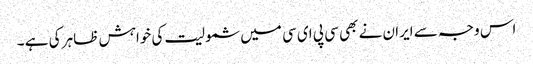
اس وجہ سے ایران نے بھی سی پی ای سی میں شمولیت کی خواہش ظاہر کی ہے ۔